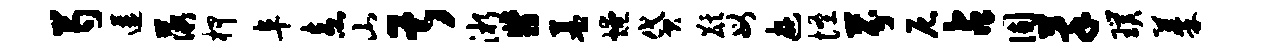
芍遘薇柙阜盍山甚淅翡墓燎贷麒母游怪芬尼占固萃璞蓁